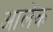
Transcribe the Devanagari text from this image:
आलेक